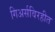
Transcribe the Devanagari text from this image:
गिअर्सविरहीत